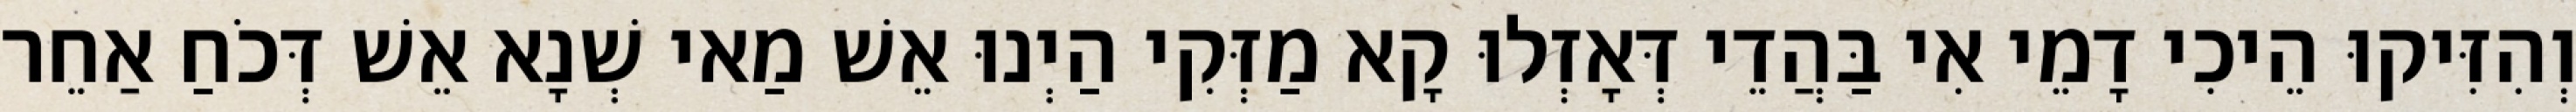
וְהִזִּיקוּ הֵיכִי דָמֵי אִי בַּהֲדֵי דְּאָזְלוּ קָא מַזְּקִי הַיְנוּ אֵשׁ מַאי שְׁנָא אֵשׁ דְּכֹחַ אַחֵר